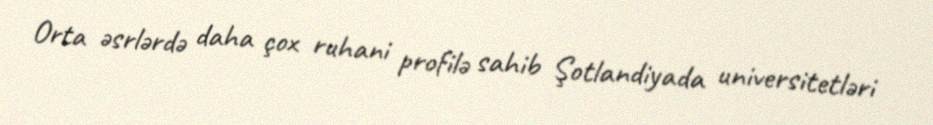
Orta əsrlərdə daha çox ruhani profilə sahib Şotlandiyada universitetləri